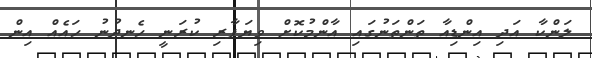
ލަންކާ އަދި އިންޑިއާ ތަންތަނުގައި އާންމުކޮށް ވިޔަފާރި ކުރަނީ ހެނދުނު ހައެއް އިން